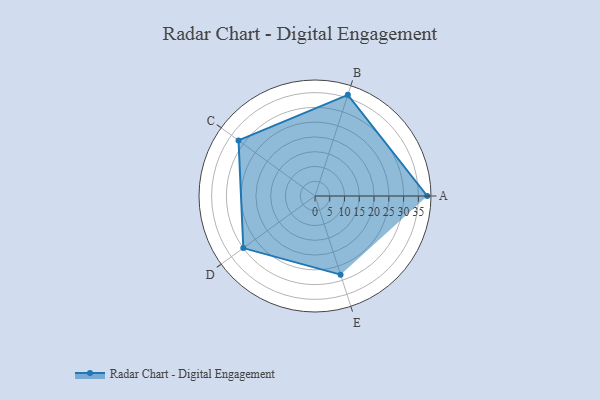
{"axis": {"x": "Skill", "y": "Score"}, "legend": ["Profile"], "data": [{"x": "A", "y": 38.0, "type": "Profile"}, {"x": "B", "y": 36.0, "type": "Profile"}, {"x": "C", "y": 32.0, "type": "Profile"}, {"x": "D", "y": 30.0, "type": "Profile"}, {"x": "E", "y": 28.0, "type": "Profile"}]}